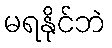
မရနိုင်ဘဲ